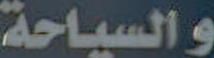
والسياحة